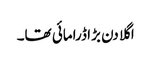
اگلا دن بڑا ڈرامائی تھا۔